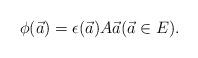
LaTeX: \begin{align*}\phi(\vec{a}) = \epsilon(\vec{a})A\vec{a} (\vec{a} \in E).\end{align*}